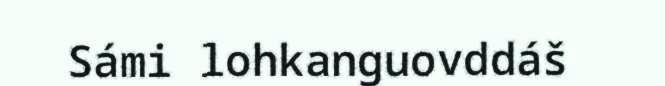
Sámi lohkanguovddáš